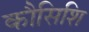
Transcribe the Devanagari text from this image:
कौसिशि